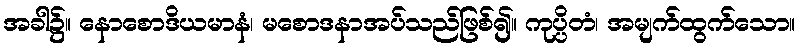
အခါ၌။ နောစောဒိယမာနံ၊ မစောဒနာအပ်သည်ဖြစ်၍။ ကုပ္ပိတံ၊ အမျက်ထွက်သော။